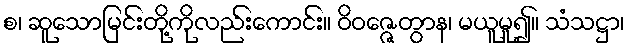
စ၊ ဆူသောမြင်းတို့ကိုလည်းကောင်း။ ဝိဝဇ္ဇေတွာန၊ မယူမူ၍။ သံသဋ္ဌာ၊